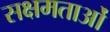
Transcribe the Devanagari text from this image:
सक्षमताओं